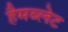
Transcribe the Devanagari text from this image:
हैमब्लेट